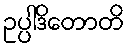
ဥပ္ပါဒိတောတိ